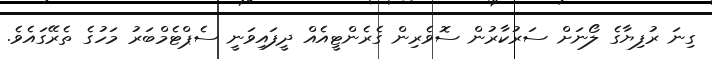
ގިނަ ރުފިޔާގެ ލޯނަށް ސަރުކާރުން ސޮވެރިން ގެރެންޓީއެއް ދީފައިވަނީ ސެޕްޓެމްބަރު މަހުގެ ތެރޭގައެވެ.